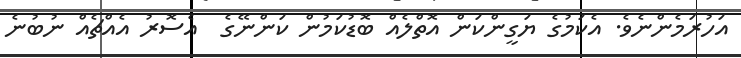
އަހުރަމެންނެވެ. އެކަމުގެ ޔަގީންކަން އޮތްލެއް ބޮޑުކަމުން ކަންނޭގެ  އެސޮރު އެއްޗެއް ނުބުނެ